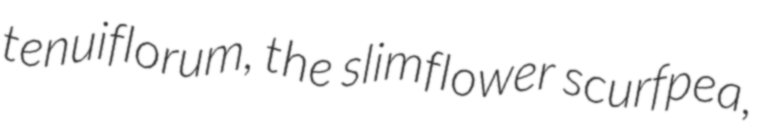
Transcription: tenuiflorum, the slimflower scurfpea,